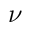
\nu